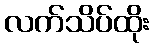
လက်သိပ်ထိုး